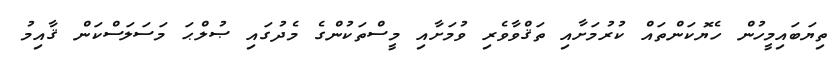
ތިޔަބައިމީހުން ހެޔޮކަންތައް ކުރުމަށާއި ތަޤްވާވެރި ވުމަށާއި މީސްތަކުންގެ މެދުގައި ޞުލްޙަ މަސަލަސްކަން ޤާއިމު